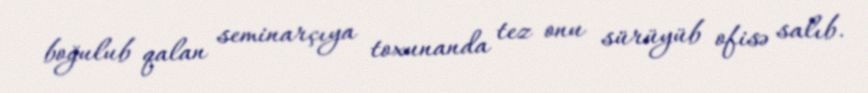
boğulub qalan seminarçıya toxunanda tez onu sürüyüb ofisə salıb.